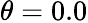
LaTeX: \theta=0.0